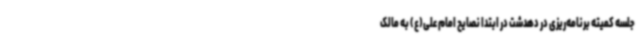
جلسه کمیته برنامه‌ریزی در دهدشت در ابتدا نصایح امام علی(ع) به مالک